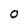
Character: O